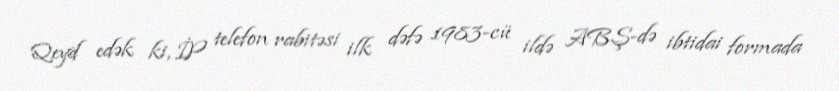
Qeyd edək ki, İP telefon rabitəsi ilk dəfə 1983-cü ildə ABŞ-də ibtidai formada